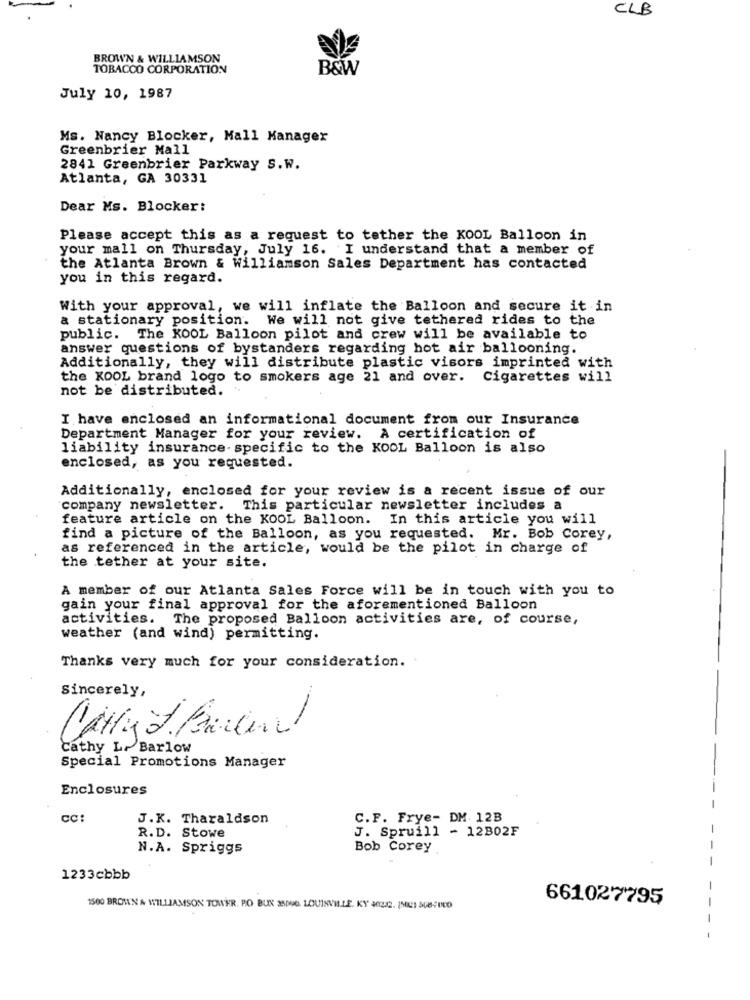
CLB
BROWN & WILLIAMSON
TOBACCO CORPORATION
B&W
July 10, 1987
Ms. Nancy Blocker, Mall Manager
Greenbrier Mall
2841 Greenbrier Parkway S.W.
Atlanta, GA 30331
Dear Ms. Blocker:
Please accept this as a request to tether the KOOL Balloon in
your mall on Thursday, July 16. I understand that a member of
the Atlanta Brown & Williamson Sales Department has contacted
you in this regard.
With your approval, we will inflate the Balloon and secure it in
a stationary position. We will not give tethered rides to the
public.
The KOOL Balloon pilot and crew will be available to
answer questions of bystanders regarding hot air ballooning.
Additionally, they will distribute plastic visors imprinted with
the KOOL brand logo to smokers age 21 and over. Cigarettes will
not be distributed. ..
I have enclosed an informational document from our Insurance
Department Manager for your review. A certification of
liability insurance- specific to the KOOL Balloon is also
enclosed, as you requested.
Additionally, enclosed for your review is a recent issue of our
company newsletter. This particular newsletter includes a
feature article on the KOOL Balloon. In this article you will
find a picture of the Balloon, as you requested. Mr. Bob Corey,
as referenced in the article, would be the pilot in charge of
the tether at your site.
A member of our Atlanta Sales Force will be in touch with you to
gain your final approval for the aforementioned Balloon
activities. The proposed Balloon activities are, of course,
weather (and wind) permitting.
Thanks very much for your consideration.
Sincerely,
-
Cathy L. Barlow
Special Promotions Manager
Enclosures
CC
J.K. Tharaldson
C.F. Frye- DM. 12B
J. Spruill - 12802F
R.D. Stowe
N.A. Spriggs
Bob Corey
1233cbbb
661027795
1500 BROWN & WILLIAMSON TOWER. PO BUK 3500G. LOUISVILLE, KY 40232. (500) 508-000
-
-